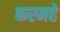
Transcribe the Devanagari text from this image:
करमहे